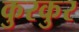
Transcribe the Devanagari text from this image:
कुरकुर